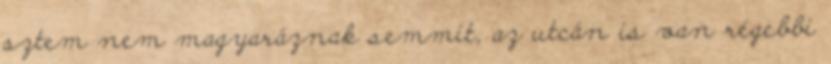
sztem nem magyaráznak semmit, az utcán is van régebbi